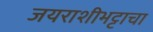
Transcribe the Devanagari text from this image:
जयराशीभट्टाचा